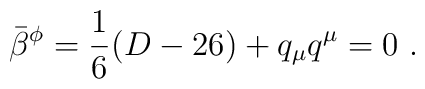
\bar{\beta}^{\phi} = \frac{1}{6}(D-26) + q_{\mu}q^{\mu} = 0 ~.